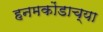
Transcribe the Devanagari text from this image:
हनमकोंडाच्या